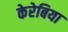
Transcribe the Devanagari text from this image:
केरेबिया